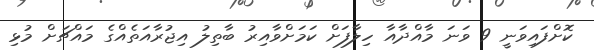
ކޮށްފައިވަނީ 9 ވަނަ މާއްދާއާ ހިލާފަށް ކަމަށްވާއިރު ބާތިލު އިޖުރާއަތެއްގެ މައްޗަށް މުޅި